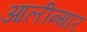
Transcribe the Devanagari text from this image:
आलीन्गार